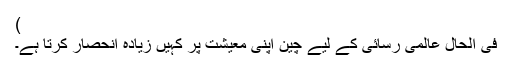
)
فی الحال عالمی رسائی کے لیے چین اپنی معیشت پر کہیں زیادہ انحصار کرتا ہے۔